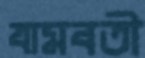
যামবতী